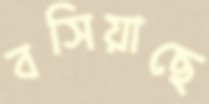
বসিয়াছে